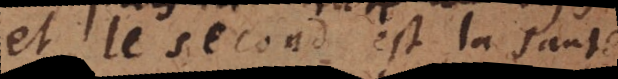
et le second est la santé